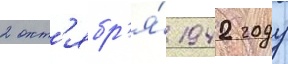
2 окт'ябр'я́ 1942 году